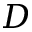
D